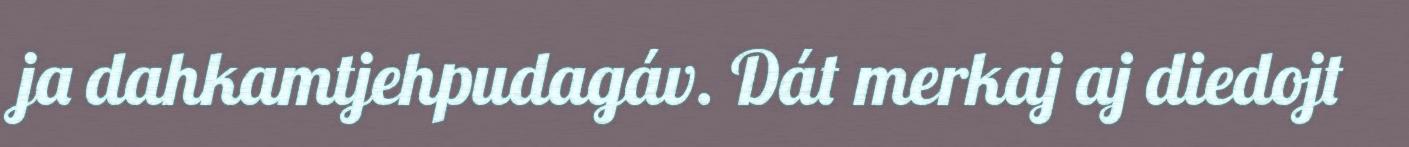
ja dahkamtjehpudagáv. Dát merkaj aj diedojt